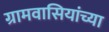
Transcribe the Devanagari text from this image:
ग्रामवासियांच्या